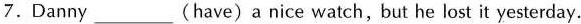
7.Danny ___ (have)a nice watch, but he lost it yesterday.